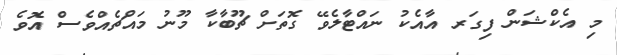
މި އެކްޝަން ފިގަރ އާއެކު ނައްޓާލެވޭ ގޮތަށް ޗޫބާކާ މޫނު މައްޗެއްވެސް އޮވެ